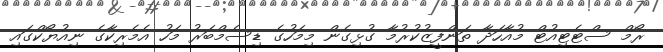
ރޯމް ސްޓެޓިއުޓް މުއާހަދާ ތަންފީޒުކުރުމާ ގުޅިގެން މިމަހުގެ ޑިސެމްބަރު މަހު އެމެރިކާގެ ނިއުޔޯކްގައި